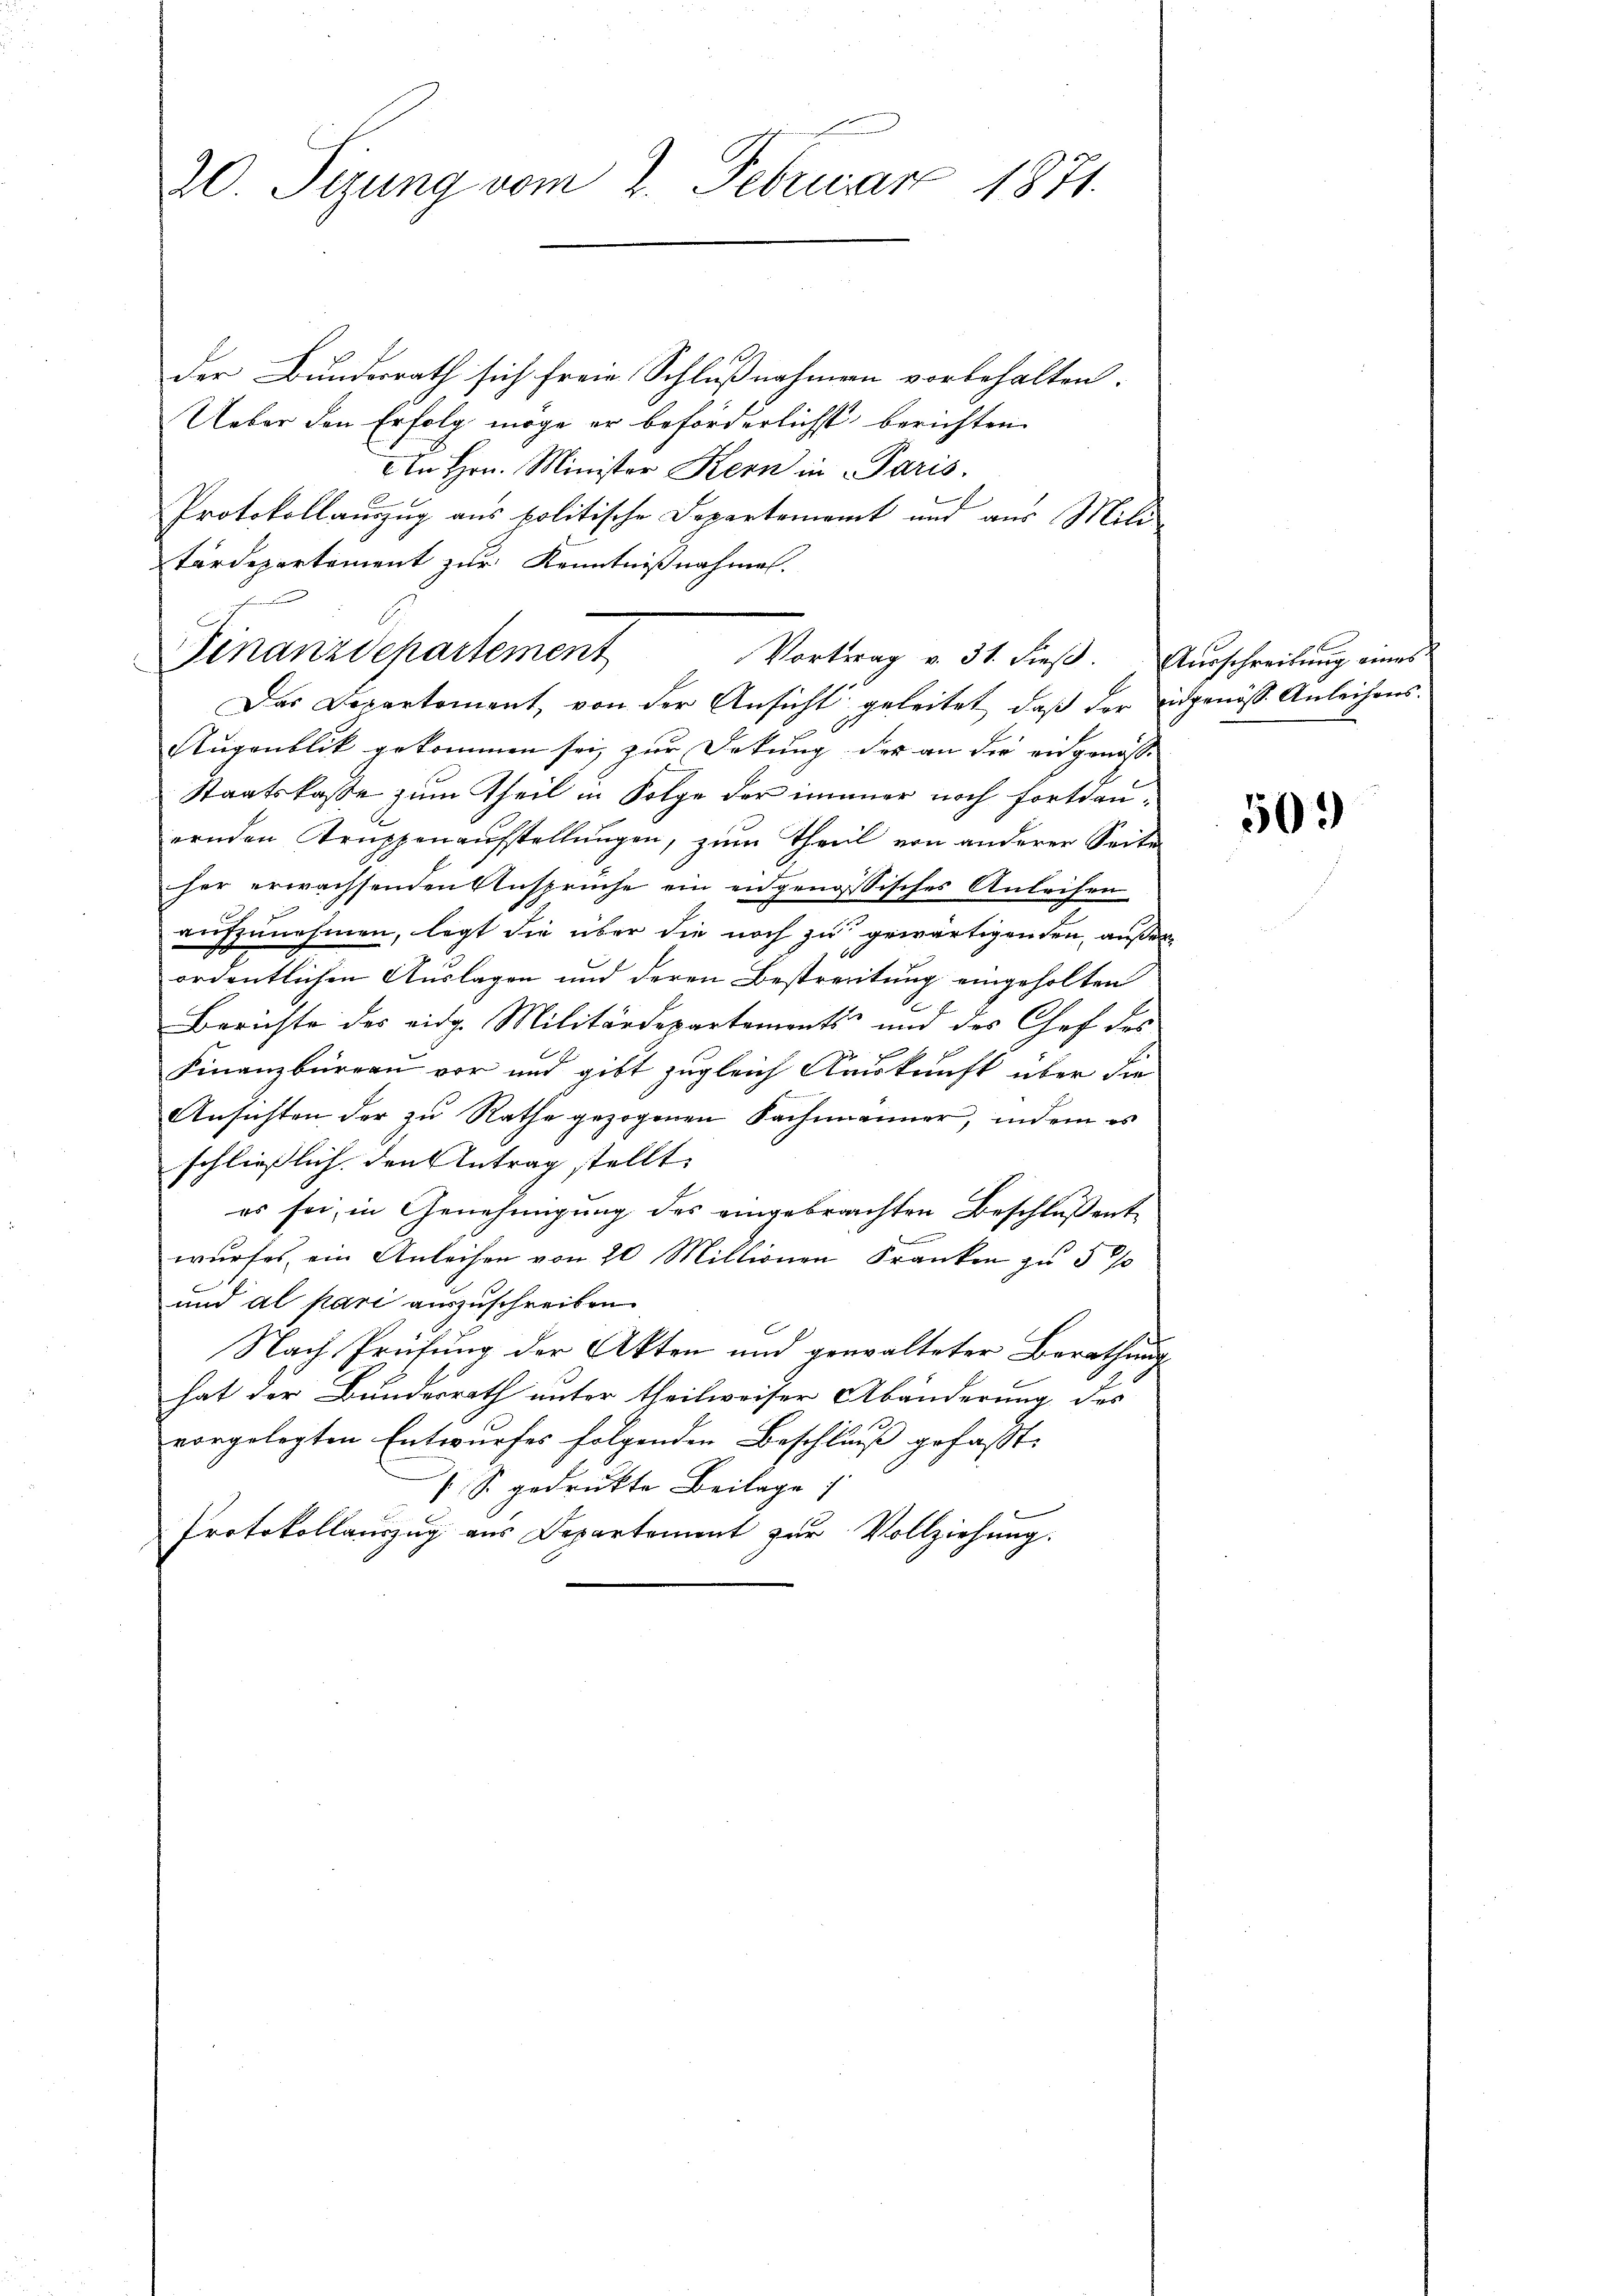
20. Sizung vom 2. Februar 1871.

der Bundesrath sich freie Schlußnahmen vorbehalten.
Ueber den Erfolg möge er beförderlichst berichten
An Hrn. Minister Kern in Paris.
2
Protokollauszug aus politische Departement und aus Mili
tärdepartement zur Kenntnißnahmen.
Das Departement, von der Ansicht geleitet, daß der Eidgenöß Anleihens.
Augenblik gekommen sei, zur Detung der an die eingenosse
Staatskasse zum Theil in Folge der immer noch fortdauernden Truppenaufstellungen, zum Theil von anderer Seite
her erwachsenden Ansprüche ein eidgenössisches Anleihen

aufzunehmen, legt die über die noch zu gewärtigenden, außer
ordentlichen Auslagen und deren Bestreitung eingeholten
Berichte des eidg. Militärdepartements- und des Chef des

Finanzbüreau vor und gibt zugleich Auskunft über die
Ansichten der zu Rathe gezogenen Sachmänner, indem es
schließlich den Antrag stellt. |
es sei, in Genehmigung des eingebrachten Beschlussent
l
wurfes, ein Anleisen von 20 Millionen Franken zu 5 %
und al pari auszuschreiben.
Nach Prüfung der Akten und gewalteter Berathung
hat der Bundesrath unter theilweiser Abänderung des
vorgelegten Entwurfes folgenden Beschluß gefasst.
s S. gedrukte Beilage
Protokollauszug aus Departement zur Vollziehung.

Finanzdepartement
Vortrag v. 31. dieß. Ausschreibung eines

509